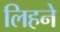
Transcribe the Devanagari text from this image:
लिहने